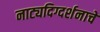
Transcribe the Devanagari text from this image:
नाट्यदिग्दर्शनाचे